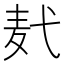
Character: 𪎈